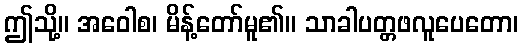
ဤသို့။ အဝေါစ၊ မိန့်တော်မူ၏။ သာခါပတ္တဖလူပေတော၊